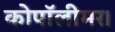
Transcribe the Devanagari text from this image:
कोपॉलीमर।